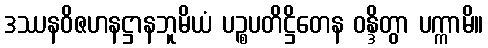
ဒဿနဝိဇဟနဋ္ဌာနဘူမိယံ ပဉ္စပတိဋ္ဌိတေန ဝန္ဒိတွာ ပက္ကာမိ။